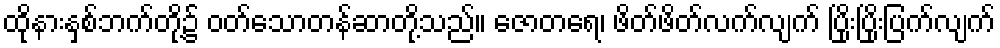
ထိုနားနှစ်ဘက်တို့၌ ဝတ်သောတန်ဆာတို့သည်။ ဇောတရေ၊ ဖိတ်ဖိတ်လက်လျက် ပြိုးပြိုးပြက်လျက်